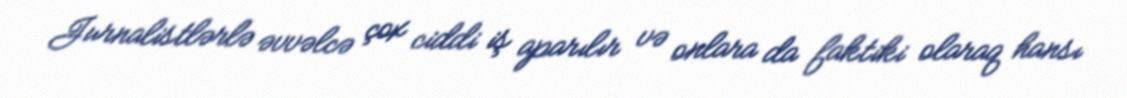
Jurnalistlərlə əvvəlcə çox ciddi iş aparılır və onlara da faktiki olaraq hansı